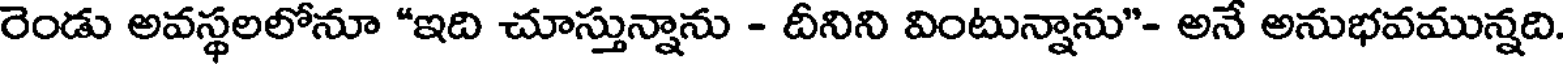
రెండు అవస్థలలోనూ "ఇది చూస్తున్నాను - దీనిని వింటున్నాను"- అనే అనుభవమున్నది